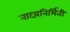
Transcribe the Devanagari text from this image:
नाटय़निर्मिती